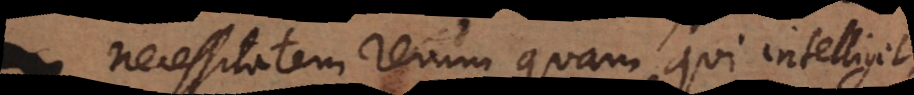
necessitatem rerum quam qui intelligit,